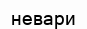
невари